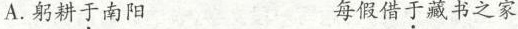
A.躬耕于南阳 每假借于藏书之家